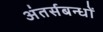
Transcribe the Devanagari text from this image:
अंतर्सबन्धों